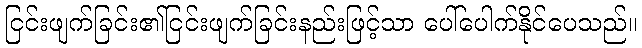
ငြင်းဖျက်ခြင်း၏ငြင်းဖျက်ခြင်းနည်းဖြင့်သာ ပေါ်ပေါက်နိုင်ပေသည်။